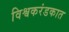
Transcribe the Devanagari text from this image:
विश्वकरंडकात